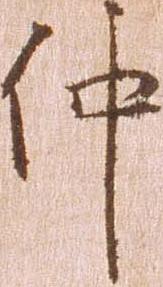
仲